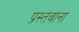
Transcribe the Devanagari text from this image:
प्रस्तवाना